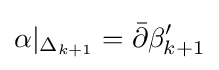
\alpha |_{\Delta _{k+1}}={\bar {\partial }}\beta '_{k+1}